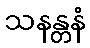
သနန္တနံ